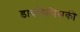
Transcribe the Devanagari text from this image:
डायलिसिसकी